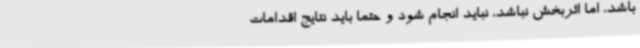
باشد، اما اثربخش نباشد، نباید انجام شود و حتما باید نتایج اقدامات